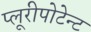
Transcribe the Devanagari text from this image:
प्लूरीपोटेन्ट